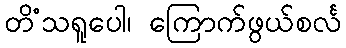
တိံသရူပေါ၊ ကြောက်ဖွယ်စင်္လ